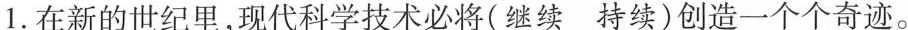
1.在新的世纪里，现代科学技术必将(继续持续)创造一个个奇迹。